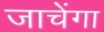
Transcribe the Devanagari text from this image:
जाचेंगा